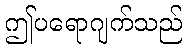
ဤပရောဂျက်သည်